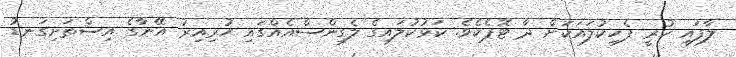
ލާފައި ހުރީ ފެހިކުލައަކަށް ދާ ޓޮޕެކެވެ. ކަޅުކުލައިގެ ލެގިންސްއެއްގައި ހުރިއިރު އޭނާގެ އިސްތަށިގަނޑު